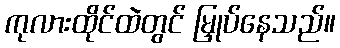
ကုလားထိုင်ထဲတွင် မြှုပ်နေသည်။